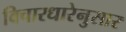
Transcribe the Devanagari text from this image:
विचारधारेनुसार